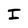
Character: I